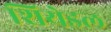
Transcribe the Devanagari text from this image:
शियेडल